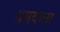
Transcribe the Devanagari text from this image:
धमवाला